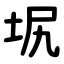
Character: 㘲